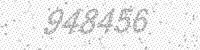
Solution: 948456